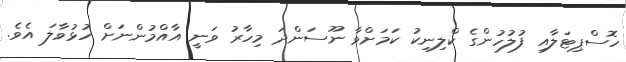
ހޮސްޕިޓަލާއި ފުލުހުންގެ ކްލިނިކު ކަމަށްވާ ނޫސަންދަ މިހާރު ވަނީ އާއްމުންނަށް ހުޅުވާލަ އެވެ.